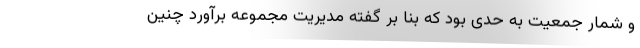
و شمار جمعیت به حدی بود که بنا بر گفته مدیریت مجموعه برآورد چنین